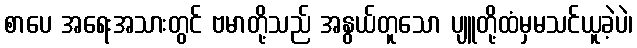
စာပေ အရေးအသားတွင် ဗမာတို့သည် အနွယ်တူသော ပျူတို့ထံမှမသင်ယူခဲ့ပဲ၊